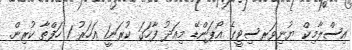
އިސްލާމިކް ޔުނިވަރސިޓީގެ އޯޕަންޑޭ މިއަދު ފާހަގަ ކުރަނީ1 އަހަރު 1 ހަފްތާ ކުރިން.